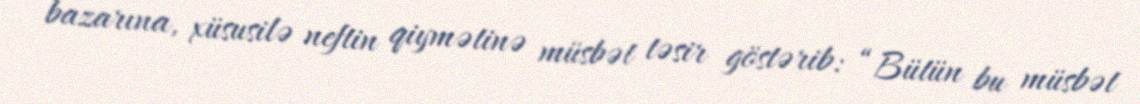
bazarına, xüsusilə neftin qiymətinə müsbət təsir göstərib: “Bütün bu müsbət